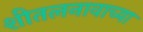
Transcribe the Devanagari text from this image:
शीतलनावाच्या